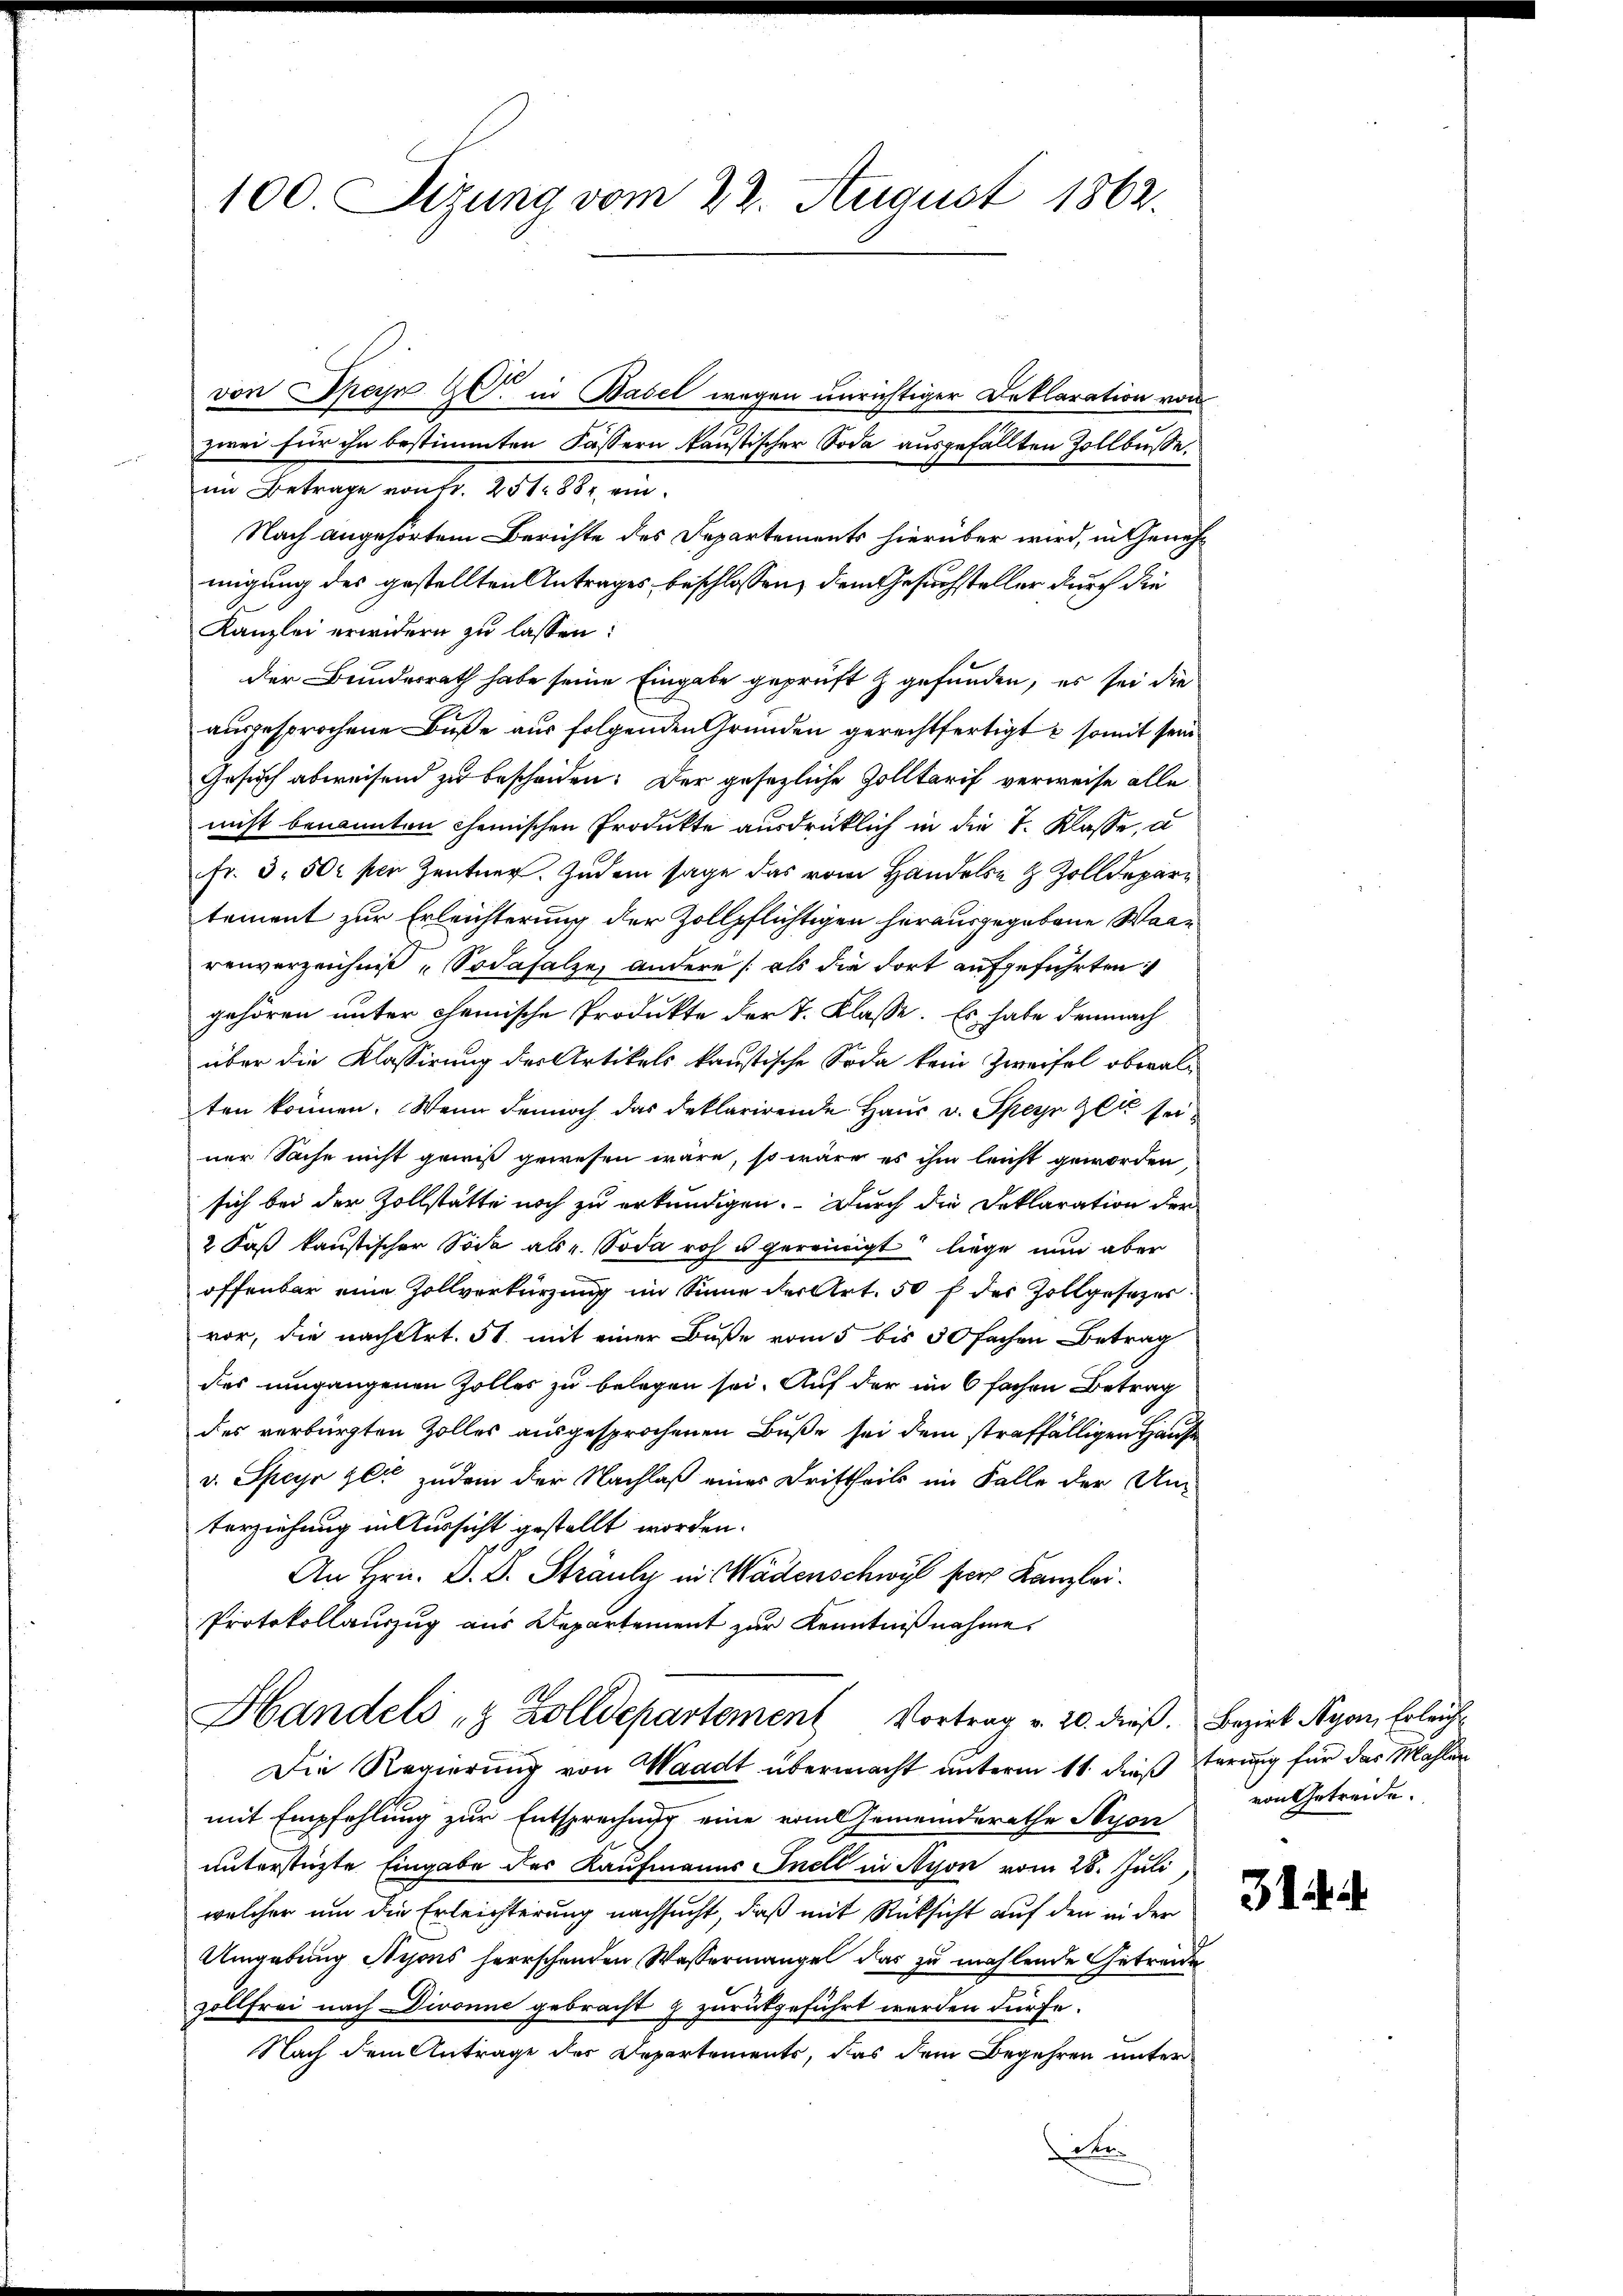
100. Sitzung vom 22. August 1862.

von Speyr C. in Basel wegen unrichtiger Deklaration von
zwei für ihn bestimmten Fässern kaustischer Soda ausgefällten Zollbüsse.
im Betrage von Fr. 251882 ein¬
Nach angehörtem Berichte des Departements hierüber wird, in Genehmigung des gestellten Antrages beschlossen, dem Gesuchsteller durch die
Kanzlei erwidern zu lassen:
der Bundesrath habe seine Eingabe geprüft & gefunden, es sei die
ausgesprochene Buße aus folgenden Gründen gerechtfertigt & somit sein
Gesuch abweisend zu bescheiden. Der gesezliche Zolltarif verweise alle
nicht benannten chemischen Produkte ausdrücklich in die I. Klasse, a
Fr. 3. 500 per Zentner. Zudem sage das vom Handels- & Zolldepartement zur Erleichterung der Zollpflichtigen herausgegebene Waarenverzeichniß Sodasalze, andere (als die dort aufgeführten:
gehören unter chemische Produkte der T. Klasse. Es habe demnach
über die Klassirung der Artikels kaustische Soda kein Zweifel oberalten können. Wenn dennoch das deklarirende Haŭs v. Speye gli seiner Sache nicht gewiß gewesen wäre, so wäre es ihm leicht geworden,
sich bei der Zollstatte noch zu erkundigen. Durch die Deklaration der
2 Faß kaustischer Tode als u. Soda roh u gereinigt liege nun aber
offenbar eine Zollverkürzung im Sinne der Art. 50 f der Zollgesezer.
vor, die nach Art. 51. mit einer Buße vom 5 bis 30 fachen Betrag
des umgangenen Zolles zu belegen sei. Auf der im 6 fachen Betrag
des verbürgten Zolles ausgesprochenen Buße sei dem straffälligen Hause
v. Speyr gli zudem der Nachlaß eines Drittheils im Falle der An-
terziehung in Aussicht gestellt worden.
An Hrn. D. B. Sträule in Wädenschwyl pers Kanzlei.
Protokollauszug aus Repartement zur Kenntnißnahme,
Handels & Zolldepartement Vortrag v. 20. dieβ. Bezirk Nyon, Erleich
Die Regierung von Waadt übermacht unterm 11. dieß herung für das Mahlen
mit Empfehlung zur Entsprechung eine vom Gemeinderathe Nyon
unterstüzte Eingabe des Kaufmanns Inell in Nyon vom 28. Juli
welcher um die Erleichterung nachsucht, daß mit Rücksicht auf den in der
Umgebung Nrons herrschenden Wassermangel das zu mahlende Getreue
zöllfrei nach Divonne gebracht & zurückgeführt werden dürfe.
Nach dem Antrage der Departements, das dem Begehren unter
de

von Getreide.

3.